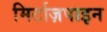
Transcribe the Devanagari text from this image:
मिर्टाज़पाइन